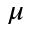
\mu